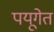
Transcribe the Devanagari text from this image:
पयूगेत